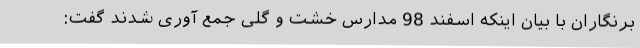
برنگاران با بیان اینکه اسفند 98 مدارس خشت و گلی جمع آوری شدند گفت: